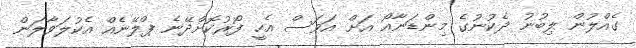
ގެއްލުން ލިބުނު ދެކުނުގެ މިންޑަނާއޯ އަށް އަވަސް އެހީ ފޯރުކޮށްދޭނެ ޕްލޭނެއް އެކުލަވާލަން